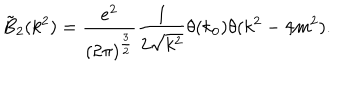
\tilde { B } _ { 2 } ( k ^ { 2 } ) = \frac { e ^ { 2 } } { ( 2 \pi ) ^ { \frac { 3 } { 2 } } } \frac { 1 } { 2 \sqrt { k ^ { 2 } } } \theta ( k _ { 0 } ) \theta ( k ^ { 2 } - 4 m ^ { 2 } ) .